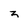
Character: 3